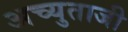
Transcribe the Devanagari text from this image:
अच्युताजी